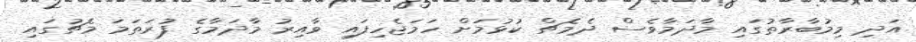
އަދި މިމުބާރާތުގައި މާދަމާވެސް ދެމެޗް ކުޅުމަށް ހަމަޖެހިފައި ވާއިރު މާދަމާގެ ފުރަތަމަ މެޗުގައި